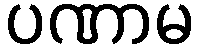
ပဏာမ